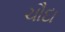
ચૌદા